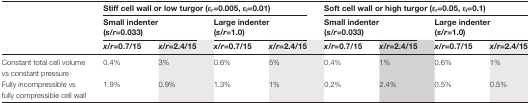
<table><thead><tr><td rowspan="3"></td><td colspan="4"><b>Stiff cell wall or low turgor (<i>ε</i><sub><i>r</i></sub>=0.005, <i>ε</i><sub><i>l</i></sub>=0.01)</b></td><td colspan="4"><b>Soft cell wall or high turgor (<i>ε</i><sub><i>r</i></sub>=0.05, <i>ε</i><sub><i>l</i></sub>=0.1)</b></td></tr><tr><td colspan="2"><b>Small indenter (<i>s</i>/<i>r</i>=0.033)</b></td><td colspan="2"><b>Large indenter (<i>s</i>/<i>r</i>=1.0)</b></td><td colspan="2"><b>Small indenter (<i>s</i>/<i>r</i>=0.033)</b></td><td colspan="2"><b>Large indenter (<i>s</i>/<i>r</i>=1.0)</b></td></tr><tr><td><b><i>x</i>/<i>r</i>=0.7/15</b></td><td><b><i>x</i>/<i>r</i>=2.4/15</b></td><td><b><i>x</i>/<i>r</i>=0.7/15</b></td><td><b><i>x</i>/<i>r</i>=2.4/15</b></td><td><b><i>x</i>/<i>r</i>=0.7/15</b></td><td><b><i>x</i>/<i>r</i>=2.4/15</b></td><td><b><i>x</i>/<i>r</i>=0.7/15</b></td><td><b><i>x</i>/<i>r</i>=2.4/15</b></td></tr></thead><tbody><tr><td>Constant total cell volume vs constant pressure</td><td>0.4%</td><td>3%</td><td>0.6%</td><td>5%</td><td>0.4%</td><td>1%</td><td>0.6%</td><td>1%</td></tr><tr><td>Fully incompressible vs fully compressible cell wall</td><td>1.9%</td><td>0.9%</td><td>1.3%</td><td>1%</td><td>0.2%</td><td>2.4%</td><td>0.5%</td><td>0.5%</td></tr></tbody></table>